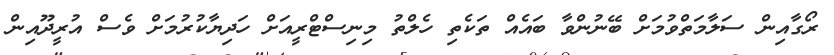
ރޯގާއިން ސަލާމަތްވުމަށް ބޭނުންވާ ބައެއް ތަކެތި ހެލްތު މިނިސްޓްރީއަށް ހަދިޔާކުރުމަށް ވެސް އުރީދޫއިން